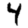
Digit: 4